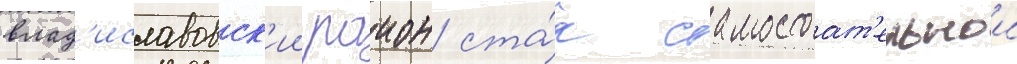
влад'иславовск'ии раион ста́л самостоат'ельнои